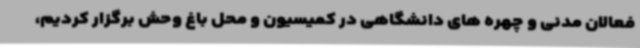
فعالان مدنی و چهره های دانشگاهی در کمیسیون و محل باغ وحش برگزار کردیم،